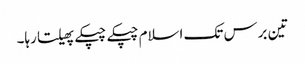
تین برس تک اسلام چپکے چپکے پھیلتا رہا۔